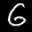
Label: 6